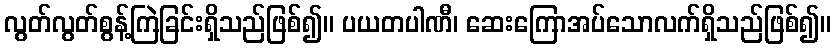
လွတ်လွတ်စွန့်ကြဲခြင်းရှိသည်ဖြစ်၍။ ပယတပါဏီ၊ ဆေးကြောအပ်သောလက်ရှိသည်ဖြစ်၍။